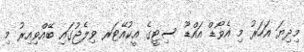
މިދިޔަ އަހަރު މި އެވޯޑް އައްޑޫ ސިޓީގެ އީކުއޭޓަރ ވިލެޖުގައި ބޭއްވިއިރު މި